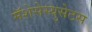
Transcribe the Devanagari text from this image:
मॅशेसेस्युसेटस